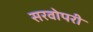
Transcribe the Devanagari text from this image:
सरवोपरी